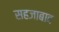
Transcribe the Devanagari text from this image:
सहजाबाद